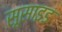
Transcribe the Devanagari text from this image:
सूसाइड